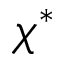
\chi ^ { * }